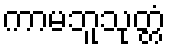
ကာမဘူသုတ္တံ